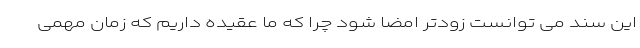
این سند می توانست زودتر امضا شود چرا که ما عقیده داریم که زمان مهمی